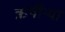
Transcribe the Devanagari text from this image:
ऋषीऱ्या